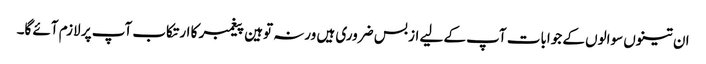
ان تینوں سوالوں کے جوابات آپ کے لیے از بس ضروری ہیں ورنہ توہین پیغمبر کا ارتکاب آپ پر لازم آئے گا۔